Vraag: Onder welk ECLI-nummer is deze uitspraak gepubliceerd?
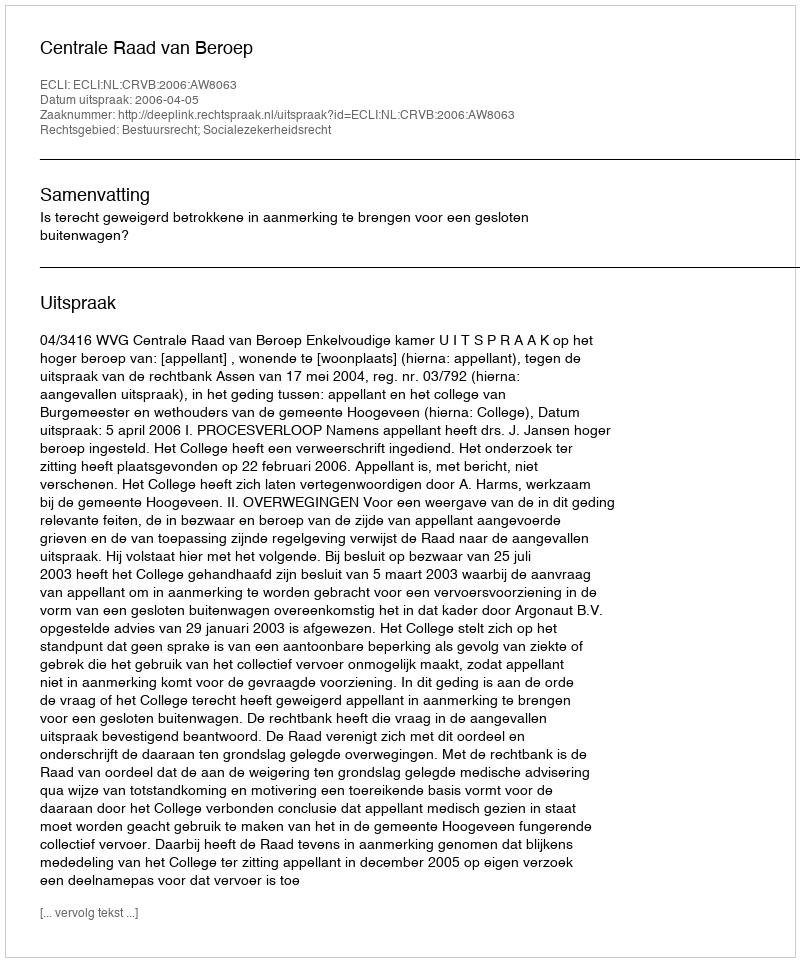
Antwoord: ECLI:NL:CRVB:2006:AW8063